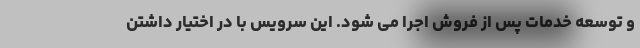
و توسعه خدمات پس از فروش اجرا می شود. این سرویس با در اختیار داشتن